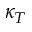
\kappa _ { T }